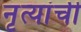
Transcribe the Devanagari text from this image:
नृत्यांची